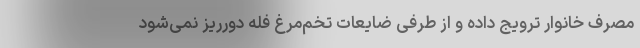
مصرف خانوار ترویج داده و از طرفی ضایعات تخم‌مرغ فله دورریز نمی‌شود